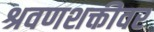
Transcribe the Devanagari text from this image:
श्रवणशक्तीवर